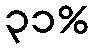
၃၁%